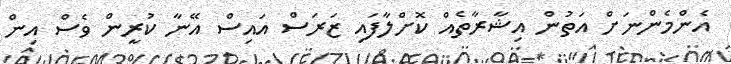
އެންމެންނަށް އަތުން އިޝާރާތެއް ކޮށްލާފައި ޒަރަސް އައިސް އޭނާ ކުރީން ވެސް އިން